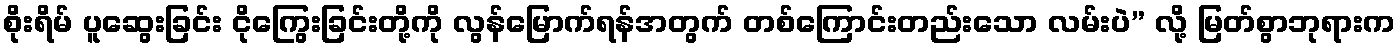
စိုးရိမ် ပူဆွေးခြင်း ငိုကြွေးခြင်းတို့ကို လွန်မြောက်ရန်အတွက် တစ်ကြောင်းတည်းသော လမ်းပဲ” လို့ မြတ်စွာဘုရားက